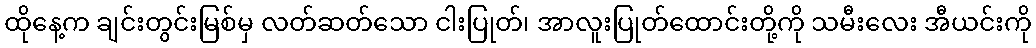
ထိုနေ့က ချင်းတွင်းမြစ်မှ လတ်ဆတ်သော ငါးပြုတ်၊ အာလူးပြုတ်ထောင်းတို့ကို သမီးလေး အီယင်းကို